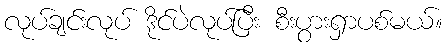
လုပ်ချင်းလုပ် ဒိုင်ပဲလုပ်ပြီး စီးပွားရှာပစ်မယ်။